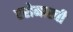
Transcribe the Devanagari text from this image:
एरोमारची